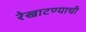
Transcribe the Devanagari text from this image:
रेखाटण्याची